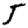
Digit: 5